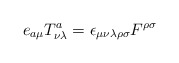
\begin{align*}e_{a\mu} T^a_{\nu\lambda}= \epsilon_{\mu\nu\lambda\rho\sigma}F^{\rho\sigma}\end{align*}